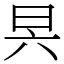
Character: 昗